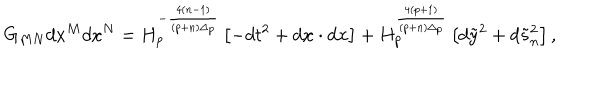
G _ { M N } d x ^ { M } d x ^ { N } = H _ { p } ^ { - { \frac { 4 ( n - 1 ) } { ( p + n ) \Delta _ { p } } } } \left[ - d t ^ { 2 } + d { \bf x } \cdot d { \bf x } \right] + H _ { p } ^ { \frac { 4 ( p + 1 ) } { ( p + n ) \Delta _ { p } } } \left[ d \tilde { y } ^ { 2 } + d \tilde { s } _ { n } ^ { 2 } \right] ,